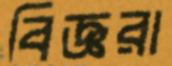
বিজ্ঞরা